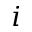
i